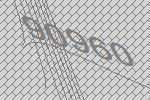
90960